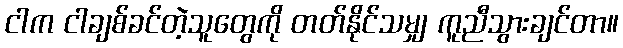
ငါက ငါချစ်ခင်တဲ့သူတွေကို တတ်နိုင်သမျှ ကူညီသွားချင်တာ။